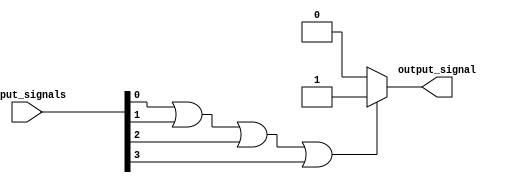
module OR_gate(
    input [3:0] input_signals,
    output reg output_signal
);

always @(*) begin
    if (input_signals[0] || input_signals[1] || input_signals[2] || input_signals[3])
        output_signal = 1;
    else
        output_signal = 0;
end

endmodule